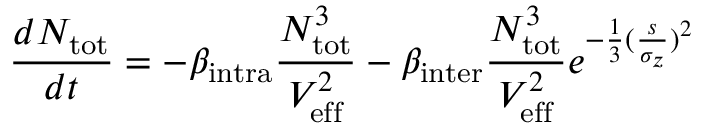
\frac { d N _ { \mathrm { { t o t } } } } { d t } = - \beta _ { \mathrm { i n t r a } } \frac { N _ { \mathrm { { t o t } } } ^ { 3 } } { V _ { \mathrm { e f f } } ^ { 2 } } - \beta _ { \mathrm { { i n t e r } } } \frac { N _ { \mathrm { t o t } } ^ { 3 } } { V _ { \mathrm { { e f f } } } ^ { 2 } } e ^ { - \frac { 1 } { 3 } ( \frac { s } { \sigma _ { z } } ) ^ { 2 } }